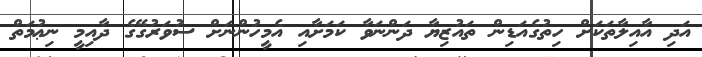
އަދި އާއިލާތަކަށް ހިތުގެއަޑިން ތައުޒިޔާ ދަންނަވާ ކަމަށާއި އެމީހުންނަށް ސުވަރުގޭގެ ދާއިމީ ނިޢުމަތް